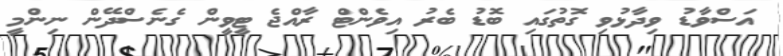
އަސްވާޑު ވިދާޅުވި ގޮތުގައި ބޮޑު ބެރު އިވެންޓް ރާއްޖެ ޓީވީން ގެނެސްދޭން ނިންމީ